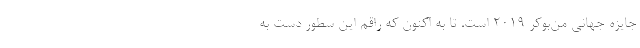
جايزه جهاني من‌بوكر 2019 است. تا به اكنون كه راقم اين سطور دست‌ به